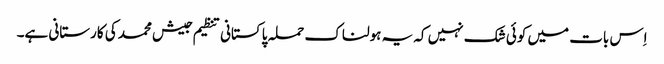
اِس بات میں کوئی شک نہیں کہ یہ ہولناک حملہ پاکستانی تنظیم جیش محمد کی کارستانی ہے۔